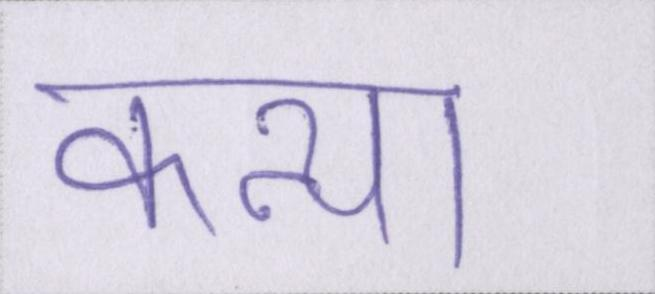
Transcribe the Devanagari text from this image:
कन्या